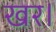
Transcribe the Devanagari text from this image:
खर।